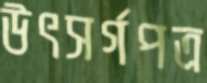
উৎসর্গপত্র